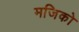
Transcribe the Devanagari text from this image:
मजिको